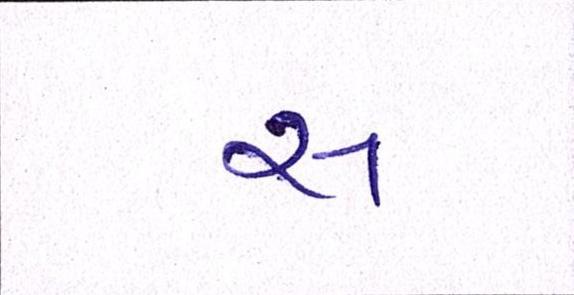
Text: સ